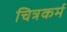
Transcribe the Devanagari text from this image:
चित्रकर्म